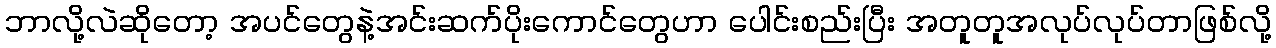
ဘာလို့လဲဆိုတော့ အပင်တွေနဲ့အင်းဆက်ပိုးကောင်တွေဟာ ပေါင်းစည်းပြီး အတူတူအလုပ်လုပ်တာဖြစ်လို့